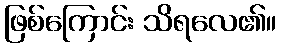
ဖြစ်ကြောင်း သိရလေ၏။